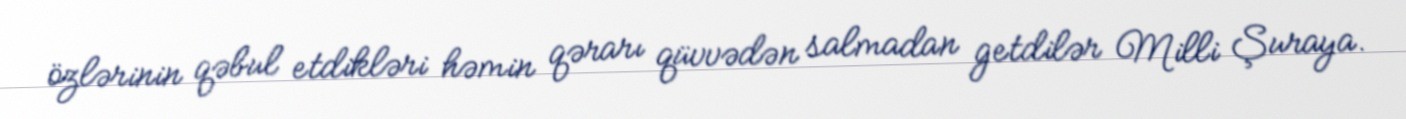
özlərinin qəbul etdikləri həmin qərarı qüvvədən salmadan getdilər Milli Şuraya.